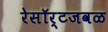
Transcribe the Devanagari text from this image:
रेसॉर्टजवळ